Punjab Mental Hospital Lahore 1922-31 - 1922-1931
Year: 1922
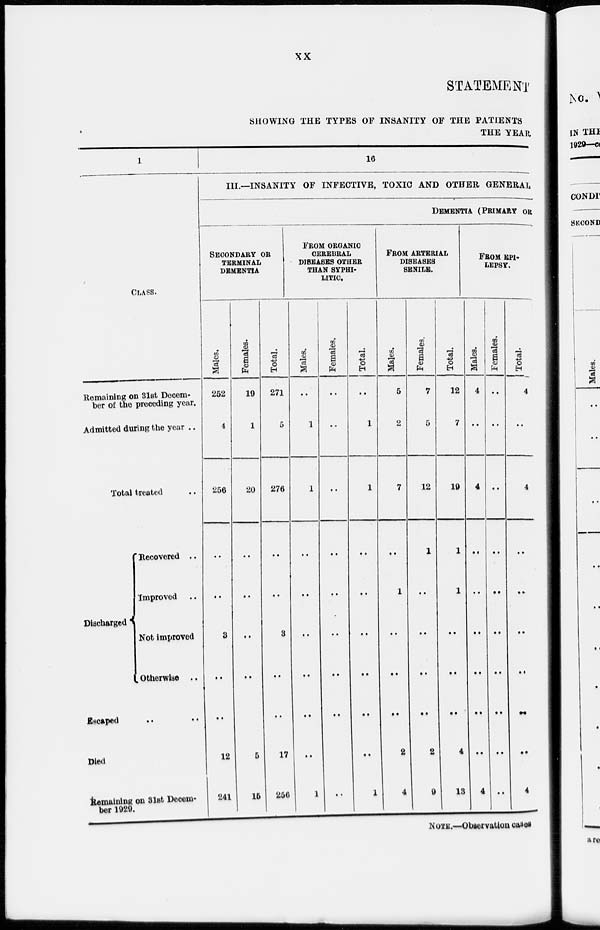
xx
STATEMENT
SHOWING THE TYPES OF INSANITY OF THE PATIENTS
THE YEAR
1
CLASS.
Remaining on 31st Decem-
ber of the preceding year.
Admitted during the year ..
Total treated ..
Discharged
Recovered ..
Improved ..
Not improved
Otherwise ..
Escaped .. ..
Died
Remaining on 31st Decem-
ber 1929.
16
III.—INSANITY OF INFECTIVE, TOXIC AND OTHER GENERAL
SECONDARY OR
TERMINAL
DEMENTIA.
Males.
252
4
256
..
..
3
..
..
12
241
Females.
19
1
20
..
..
3
..
5
15
Total.
271
5
276
..
..
..
..
..
17
256
DEMENTIA (PRIMARY OR
FROM ORGANIC
CEREBRAL
DISEASES OTHER
THAN SYPHI-
LITIC.
Males.
..
1
1
..
..
..
..
..
..
1
Females.
..
..
..
..
..
..
..
..
..
Total.
..
1
1
..
..
..
..
..
..
1
FROM ARTERIAL
DISEASES
SENILE.
Males.
5
2
7
..
1
..
..
..
2
4
Females.
7
5
12
1
..
..
..
..
2
9
Total.
12
7
19
1
1
..
..
..
4
13
FROM EPI-
-----.
Males.
4
..
4
..
..
..
..
..
..
4
Females.
..
..
..
..
..
..
..
..
..
..
Total.
4
..
4
..
..
..
..
..
4
NOTE.—Observation cases